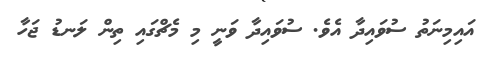
އައިމިނަތު ސުވައިދާ އެވެ. ސުވައިދާ ވަނީ މި މެޗްގައި ތިން ލަނޑު ޖަހާ